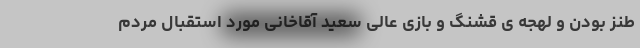
طنز بودن و لهجه ی قشنگ و بازی عالی سعید آقاخانی مورد استقبال مردم